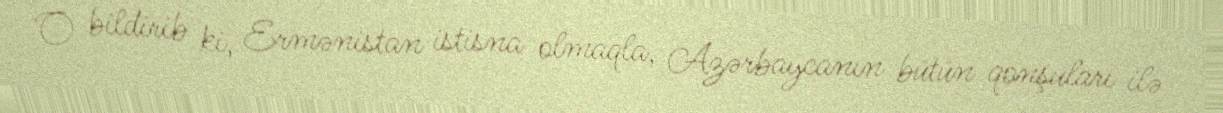
O bildirib ki, Ermənistan istisna olmaqla, Azərbaycanın bütün qonşuları ilə